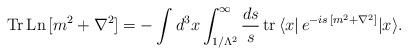
LaTeX: \begin{align*}{\rm Tr\,Ln}\,[m^2 + \nabla^2]=-\int d^3 x \int_{1/\Lambda^2}^{\infty}\frac{ds}{s}\,{\rm tr}\, \langle x|\,e^{-is\,[m^2 + \nabla^2]}|x \rangle. \end{align*}